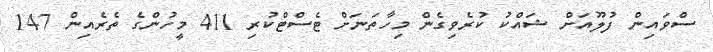
ސްވައިން ފުލޫއަށް ޝައްކު ކުރެވިގެން މިހާތަނަށް ޓެސްޓްކުރި 411 މީހުންގެ ތެރެއިން 147